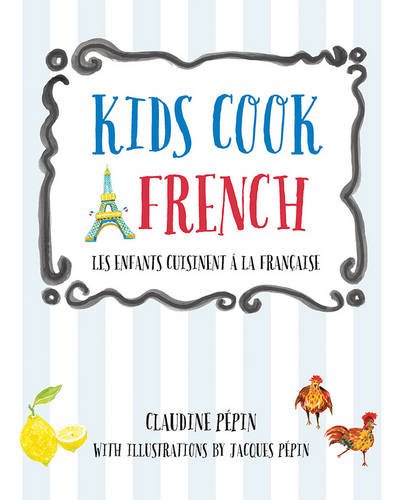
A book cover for Kids Cook French: Les enfants cuisinent a la francaise; Claudine Pepin; Cookbooks, Food & Wine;